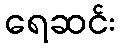
ရေဆင်း